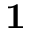
{ \bf 1 }